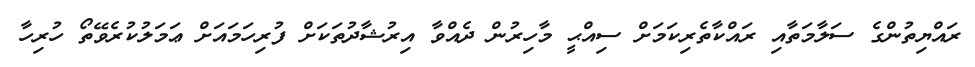
ރައްޔިތުންގެ ސަލާމަތާއި ރައްކާތެރިކަމަށް ސިއްޙީ މާހިރުން ދެއްވާ އިރުޝާދުތަކަށް ފުރިހަމައަށް ޢަމަލުކުރެވޭތޯ ހުރިހާ